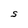
Character: S